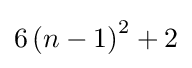
6\left(n-1\right)^{2}+2